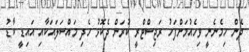
ދެން ހިމެނެނީ ވިހެއުމަށްފަހު ރަޖިސްޓްރީ ކުރަން ދެކޮޅު ހެދި މައްސަލައަކާއި އައިޑީ ކާޑު